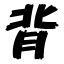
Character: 背